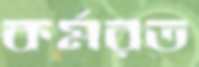
কর্মরত